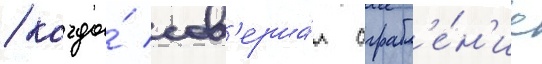
/ когда́ сов'ерша́л ограбл'е́н'ие